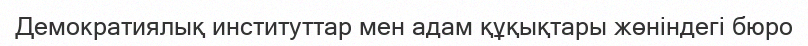
Демократиялық институттар мен адам құқықтары жөніндегі бюро